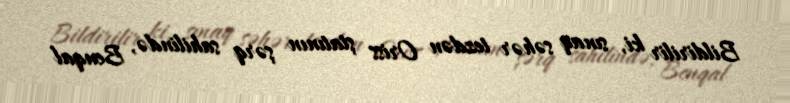
Bildirilir ki, sınaq səhər tezdən Oriss ştatının şərq sahilində, Benqal